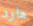
هارد